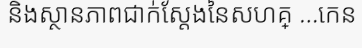
និងស្ថានភាពជាក់ស្តែងនៃសហគ្ ...កេន